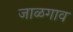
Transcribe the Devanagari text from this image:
जाळगाव